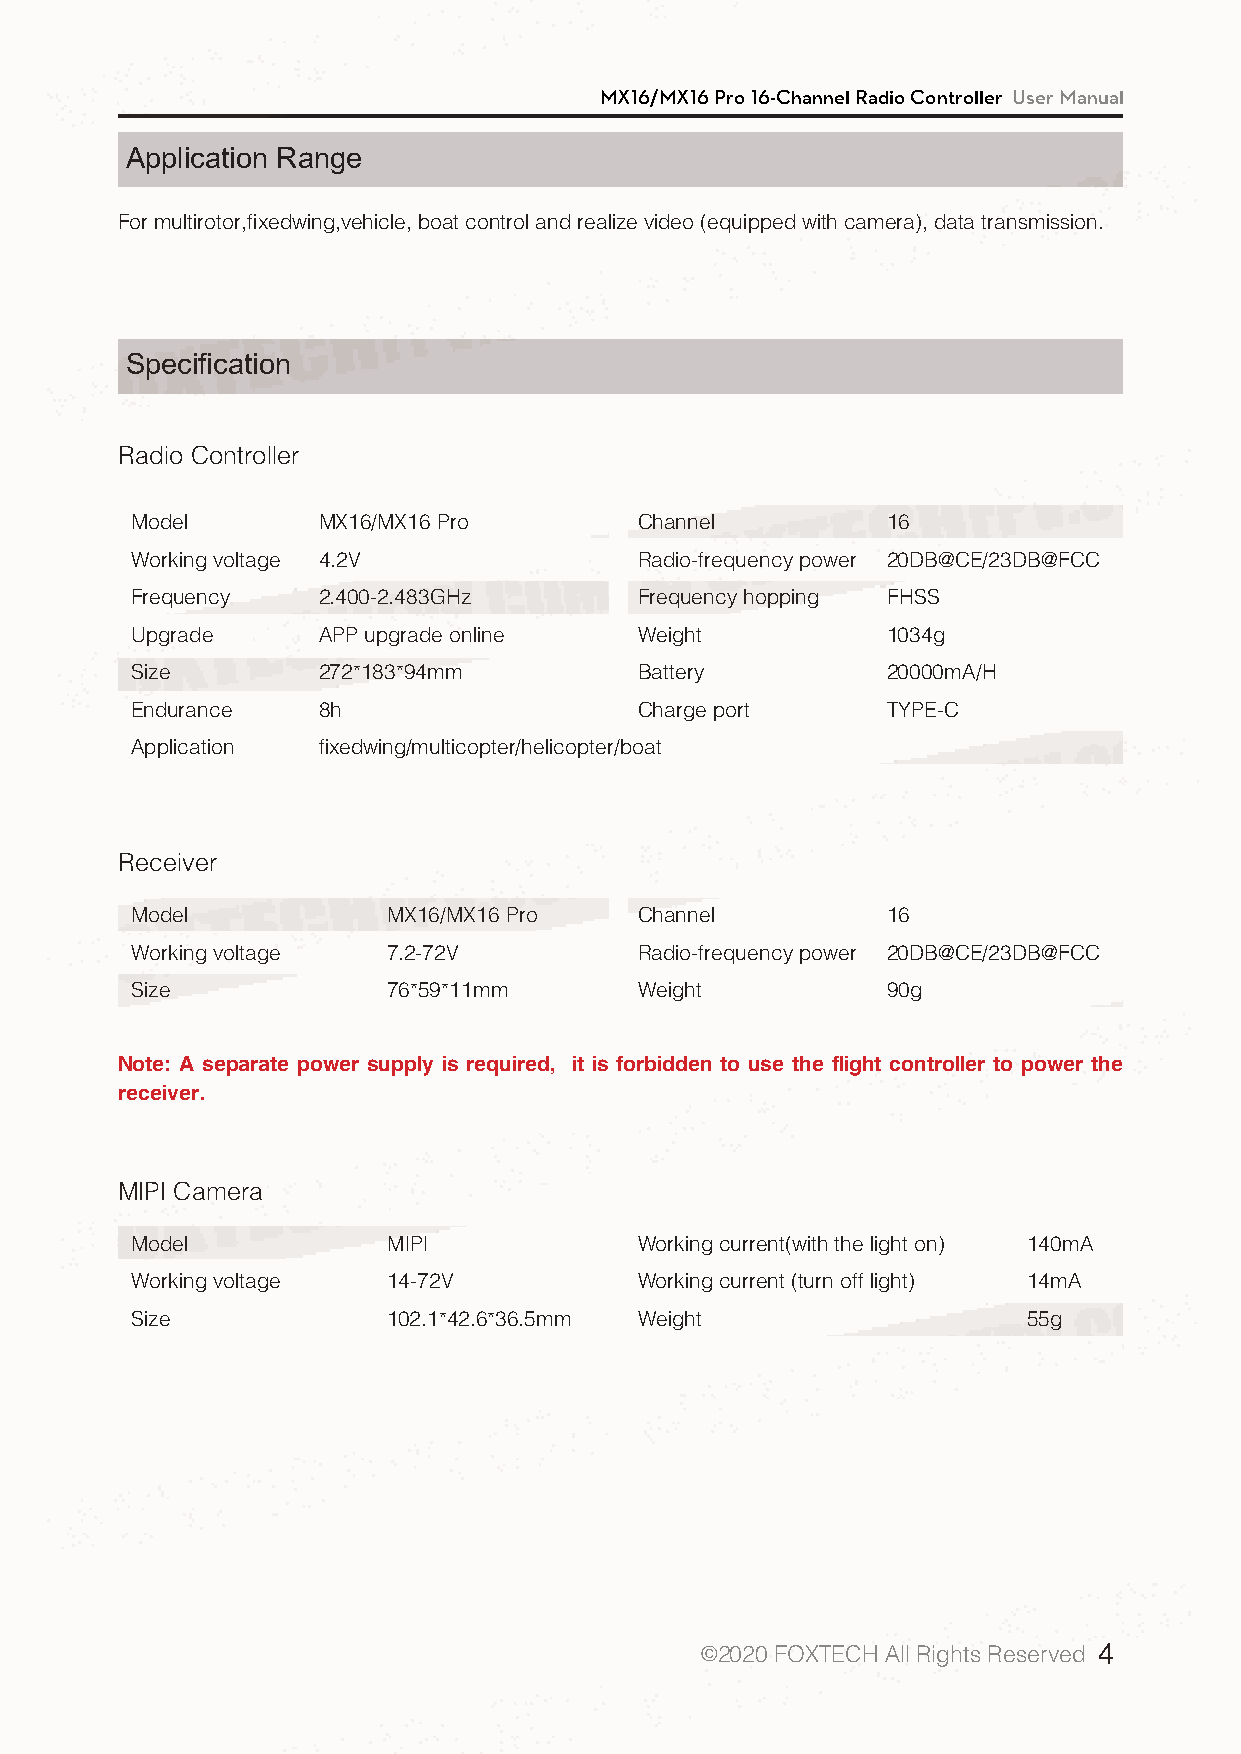
MX16/MX16 Pro 16-Channel Radio Controller User Manual
 Application Range
 For multirotor,fixedwing,vehicle, boat control and realize video (equipped with camera), data transmission.
 Specification
 Radio Controller
 Model       MX16/MX16 Pro        Channel          16
 Working voltage 4.2V             Radio-frequency power 20DB@CE/23DB@FCC
 Frequency   2.400-2.483GHz       Frequency hopping FHSS
 Upgrade     APP upgrade online   Weight           1034g
 Size        272*183*94mm         Battery          20000mA/H
 Endurance   8h                   Charge port      TYPE-C
 Application fixedwing/multicopter/helicopter/boat
 Receiver
 Model            MX16/MX16 Pro   Channel          16
 Working voltage  7.2-72V         Radio-frequency power 20DB@CE/23DB@FCC
 Size             76*59*11mm      Weight           90g
 Note: A separate power supply is required, it is forbidden to use the flight controller to power the
 receiver.
 MIPI Camera
 Model            MIPI            Working current(with the light on) 140mA
 Working voltage  14-72V          Working current (turn off light) 14mA
 Size             102.1*42.6*36.5mm Weight                  55g
 ©2020 FOXTECH All Rights Reserved 4